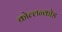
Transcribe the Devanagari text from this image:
कोल्लन्कोड